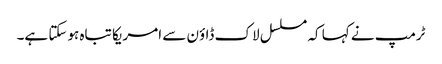
ٹرمپ نے کہا کہ مسلسل لاک ڈاؤن سے امریکا تباہ ہوسکتا ہے۔